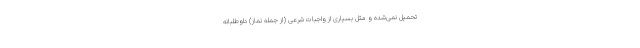
تحمیل نمی‌شده و مثل بسیاری از واجبات شرعی (از جمله نماز) داوطلبانه